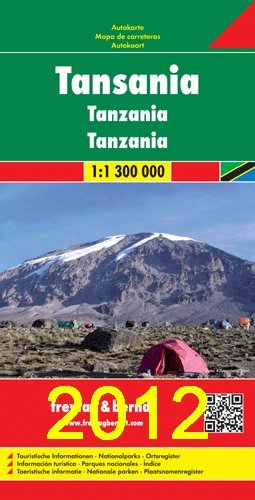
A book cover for Tanzania map; Freytag & Berndt; Travel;